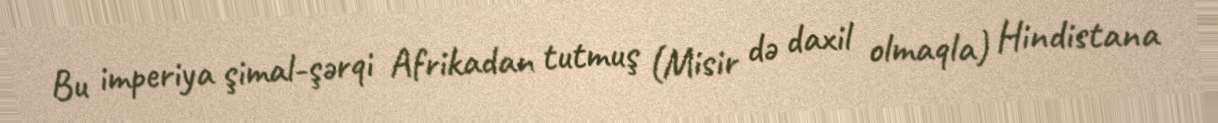
Bu imperiya şimal-şərqi Afrikadan tutmuş (Misir də daxil olmaqla) Hindistana